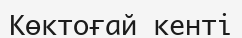
Көктоғай кенті